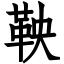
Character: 鞅